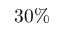
3 0 \%